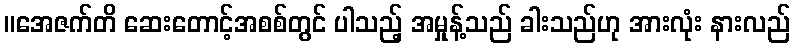
။အေဇက်တိ ဆေးတောင့်အစစ်တွင် ပါသည့် အမှုန့်သည် ခါးသည်ဟု အားလုံး နားလည်